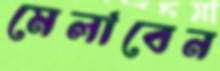
মেলাবেন